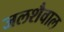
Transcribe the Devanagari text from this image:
जलशैवाल